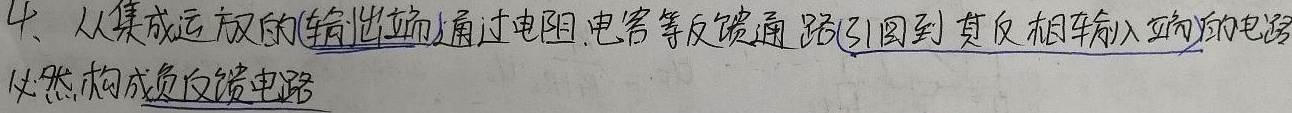
4、从集成运放的（输出端）通过电阻、电容等反馈通路引回到其反相输入端的电路必然构成负反馈电路